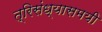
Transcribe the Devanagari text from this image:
त्रिसंध्यासमयी